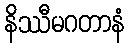
နိဿီမဂတာနံ